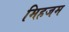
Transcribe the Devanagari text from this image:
मिहजम